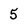
Character: 5